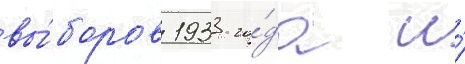
вы́боров 1933 го́да и́